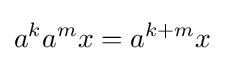
a^{k}a^{m}x=a^{k+m}x